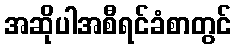
အဆိုပါအစီရင်ခံစာတွင်